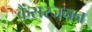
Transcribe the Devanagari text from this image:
कैंसरजनन